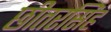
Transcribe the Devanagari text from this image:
छीतरसिंह